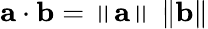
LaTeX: \mathbf{a}\cdot\mathbf{b}=\left\| \mathbf{a}\right\| \, \left\| \mathbf{b}\right\|